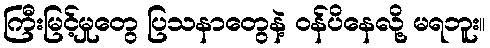
ကြီးမြင့်မှုတွေ ပြသနာတွေနဲ့ ဝန်ပိနေလို့ မရဘူး။